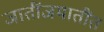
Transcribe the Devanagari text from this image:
जातींजमातींत